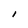
Character: I